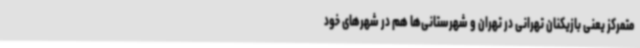
متمرکز یعنی بازیکنان تهرانی در تهران و شهرستانی‌ها هم در شهرهای خود